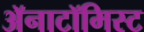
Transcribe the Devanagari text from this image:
अॅनाटॉमिस्ट